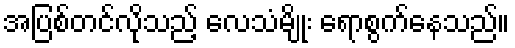
အပြစ်တင်လိုသည့် လေသံမျိုး ရောစွက်နေသည်။